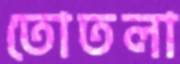
তোতলা